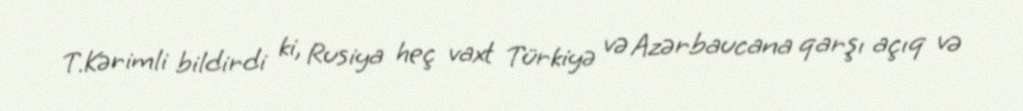
T.Kərimli bildirdi ki, Rusiya heç vaxt Türkiyə və Azərbaucana qarşı açıq və